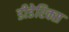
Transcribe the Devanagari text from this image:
डीडेरिक्स